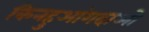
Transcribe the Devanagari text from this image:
किनहुआंगदाओ